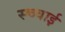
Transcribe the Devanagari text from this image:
स्च्चाई